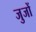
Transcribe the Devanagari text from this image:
जुजों